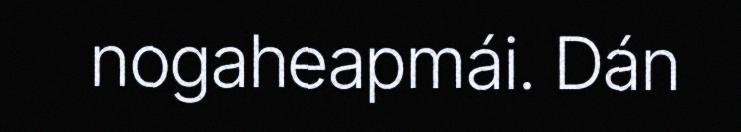
nogaheapmái. Dán